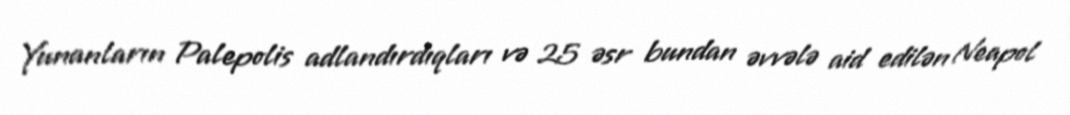
Yunanların Palepolis adlandırdıqları və 25 əsr bundan əvvələ aid edilən Neapol